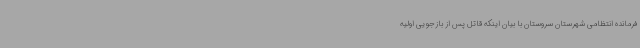
فرمانده انتظامی شهرستان سروستان با بیان اینکه قاتل پس از بازجویی اولیه